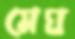
মেঘ